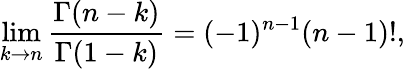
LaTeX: \operatorname*{lim}_{k\rightarrow n}\frac{\Gamma(n-k)}{\Gamma(1-k)}=(-1)^{n-1}(n-1)!,